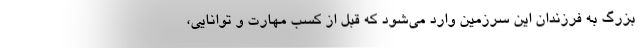
بزرگ به فرزندان این سرزمین وارد می‌شود که قبل از کسب مهارت و توانایی،